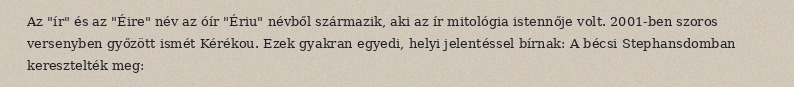
Az "ír" és az "Éire" név az óír "Ériu" névből származik, aki az ír mitológia istennője volt. 2001-ben szoros versenyben győzött ismét Kérékou. Ezek gyakran egyedi, helyi jelentéssel bírnak: A bécsi Stephansdomban keresztelték meg: